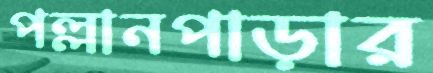
পল্লানপাড়ার